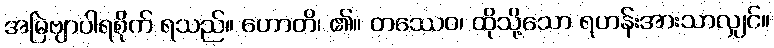
အမြဲဗျာပါရစိုက် ရသည်။ ဟောတိ၊ ၏။ တဿေဝ၊ ထိုသို့သော ရဟန်းအားသာလျှင်။